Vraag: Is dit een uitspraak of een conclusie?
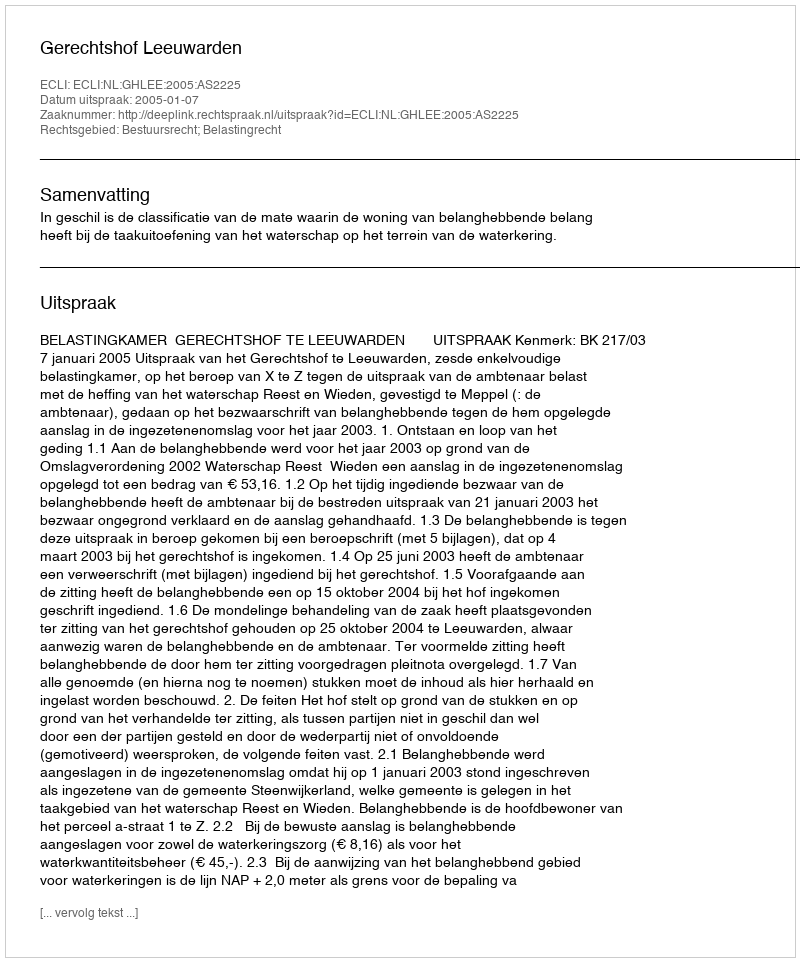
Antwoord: Uitspraak